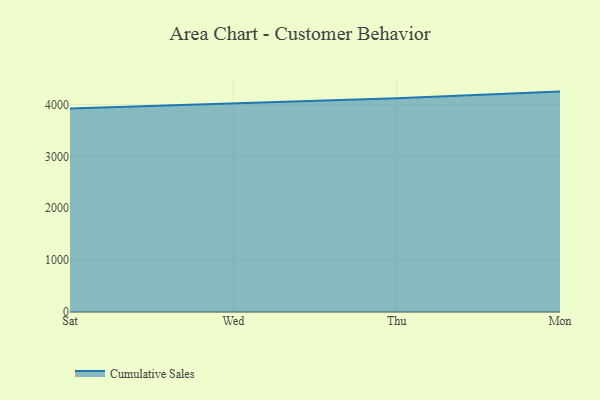
{"axis": {"x": "Day", "y": "Market Share (%)"}, "legend": ["Cumulative Sales"], "data": [{"x": "Sat", "y": 3919.7, "type": "Cumulative Sales"}, {"x": "Wed", "y": 4020.5, "type": "Cumulative Sales"}, {"x": "Thu", "y": 4121.0, "type": "Cumulative Sales"}, {"x": "Mon", "y": 4247.5, "type": "Cumulative Sales"}]}